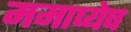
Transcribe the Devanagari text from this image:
ममाप्येष